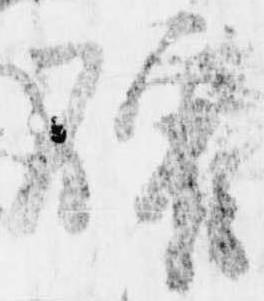
確